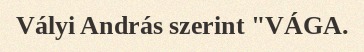
Vályi András szerint "VÁGA.